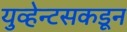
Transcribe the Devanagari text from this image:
युव्हेन्टसकडून